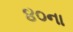
૪૦ના